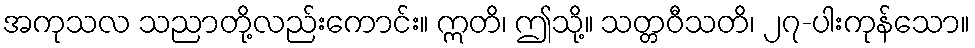
အကုသလ သညာတို့လည်းကောင်း။ ဣတိ၊ ဤသို့။ သတ္တဝီသတိ၊ ၂၇-ပါးကုန်သော။